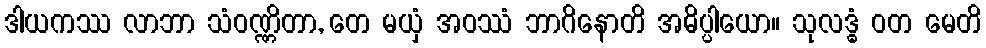
ဒါယကဿ လာဘာ သံဝဏ္ဏိတာ, တေ မယှံ အဝဿံ ဘာဂိနောတိ အဓိပ္ပါယော။ သုလဒ္ဓံ ဝတ မေတိ